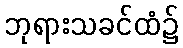
ဘုရားသခင်ထံ၌